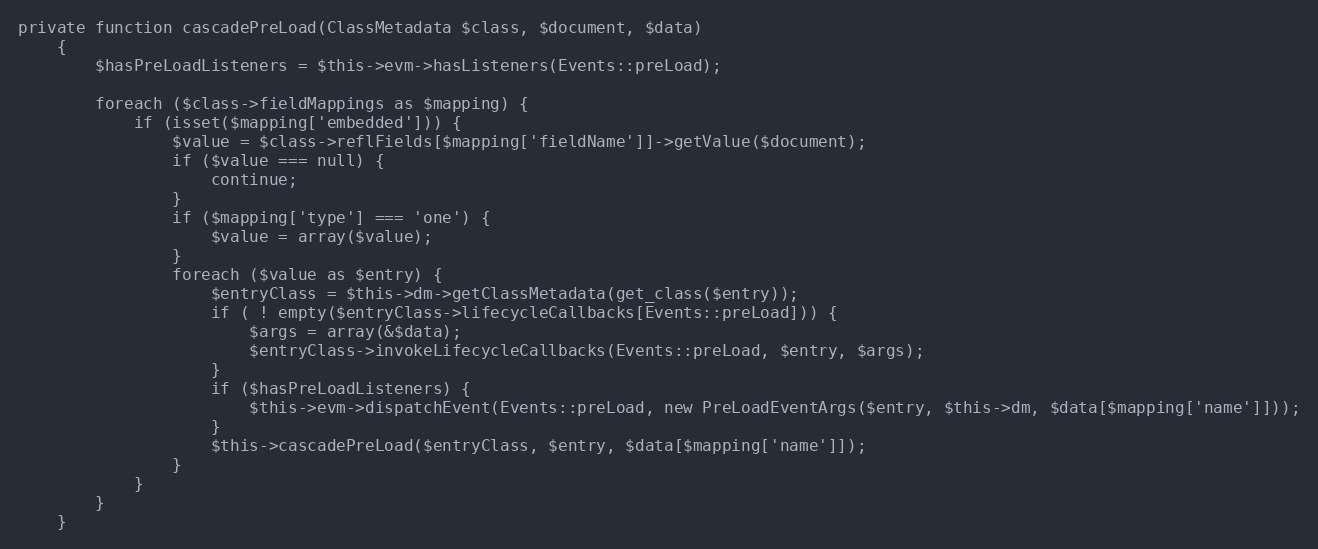
Language: PHP
private function cascadePreLoad(ClassMetadata $class, $document, $data)
    {
        $hasPreLoadListeners = $this->evm->hasListeners(Events::preLoad);

        foreach ($class->fieldMappings as $mapping) {
            if (isset($mapping['embedded'])) {
                $value = $class->reflFields[$mapping['fieldName']]->getValue($document);
                if ($value === null) {
                    continue;
                }
                if ($mapping['type'] === 'one') {
                    $value = array($value);
                }
                foreach ($value as $entry) {
                    $entryClass = $this->dm->getClassMetadata(get_class($entry));
                    if ( ! empty($entryClass->lifecycleCallbacks[Events::preLoad])) {
                        $args = array(&$data);
                        $entryClass->invokeLifecycleCallbacks(Events::preLoad, $entry, $args);
                    }
                    if ($hasPreLoadListeners) {
                        $this->evm->dispatchEvent(Events::preLoad, new PreLoadEventArgs($entry, $this->dm, $data[$mapping['name']]));
                    }
                    $this->cascadePreLoad($entryClass, $entry, $data[$mapping['name']]);
                }
            }
        }
    }